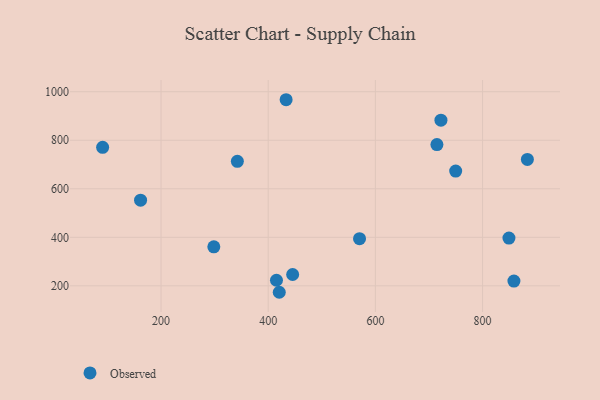
{"axis": {"x": "Speed", "y": "Exam Score"}, "legend": ["Observed"], "data": [{"x": "445.6", "y": 246.6, "type": "Observed"}, {"x": "749.8", "y": 672.8, "type": "Observed"}, {"x": "342.4", "y": 713.1, "type": "Observed"}, {"x": "420.6", "y": 173.4, "type": "Observed"}, {"x": "883.6", "y": 721.0, "type": "Observed"}, {"x": "849.2", "y": 397.0, "type": "Observed"}, {"x": "161.8", "y": 553.0, "type": "Observed"}, {"x": "714.8", "y": 782.4, "type": "Observed"}, {"x": "91.0", "y": 771.0, "type": "Observed"}, {"x": "722.3", "y": 882.7, "type": "Observed"}, {"x": "570.4", "y": 394.5, "type": "Observed"}, {"x": "298.5", "y": 360.8, "type": "Observed"}, {"x": "433.4", "y": 967.1, "type": "Observed"}, {"x": "415.4", "y": 222.9, "type": "Observed"}, {"x": "858.5", "y": 219.6, "type": "Observed"}]}